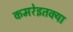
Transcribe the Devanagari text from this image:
कमरेइतक्या